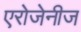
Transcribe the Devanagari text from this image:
एरोजेनीज